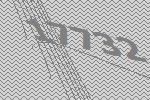
17732